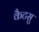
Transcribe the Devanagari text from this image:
कैटसु